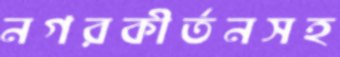
নগরকীর্তনসহ